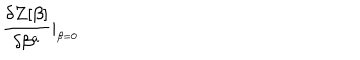
{ \frac { \delta Z [ \beta ] } { \delta \beta ^ { a } } } \vert _ { _ { \beta = 0 } } \,